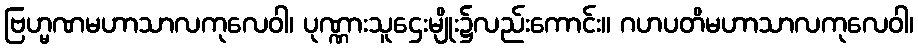
ဗြဟ္မဏမဟာသာလကုလေဝါ၊ ပုဏ္ဏားသူဌေးမျိုး၌လည်းကောင်း။ ဂဟပတိမဟာသာလကုလေဝါ၊